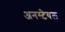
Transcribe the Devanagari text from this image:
अनस्टेबल